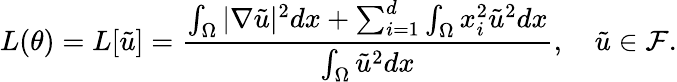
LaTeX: L(\theta)=L[\tilde{u}]=\frac{\int_{\Omega}|\nabla\tilde{u}|^{2}dx+\sum_{i=1}^{d}\int_{\Omega}x_{i}^{2}\tilde{u}^{2}dx}{\int_{\Omega}\tilde{u}^{2}dx},\quad\tilde{u}\in\mathcal{F}.